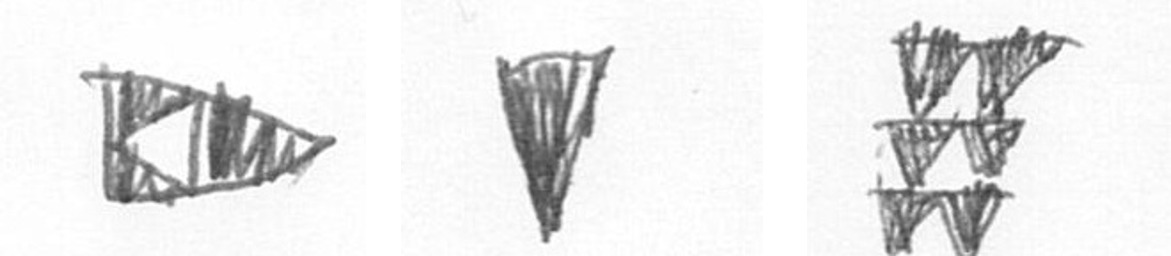
K J Y